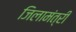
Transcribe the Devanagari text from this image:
जिलामंत्री